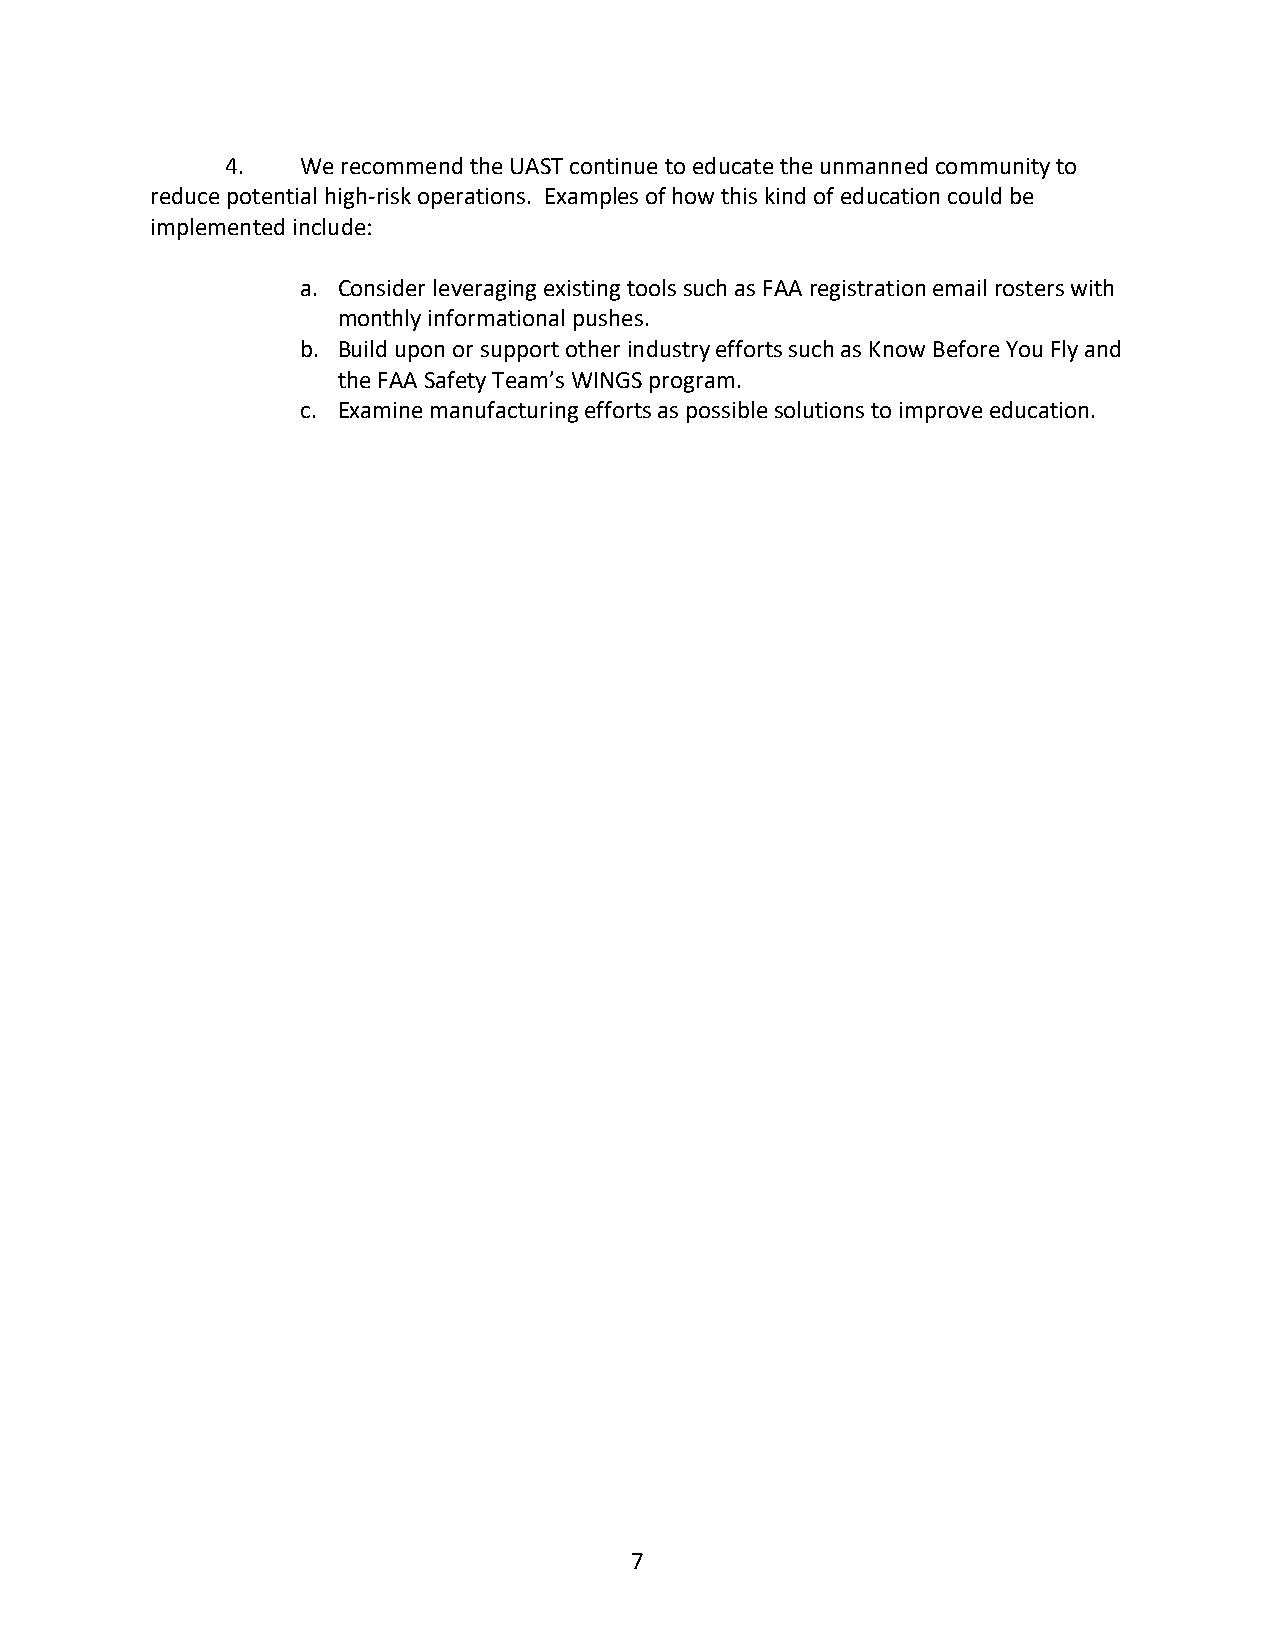
4.   We recommend the UAST continue to educate the unmanned community to
 reduce potential high-risk operations. Examples of how this kind of education could be
 implemented include:
 a. Consider leveraging existing tools such as FAA registration email rosters with
 monthly informational pushes.
 b. Build upon or support other industry efforts such as Know Before You Fly and
 the FAA Safety Team’s WINGS program.
 c. Examine manufacturing efforts as possible solutions to improve education.
 7